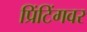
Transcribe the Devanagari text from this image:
प्रिंटिंगवर